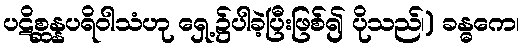
ပဋိစ္ဆန္နပရိဝါသံဟု ရှေ့၌ပါခဲ့ပြီးဖြစ်၍ ပိုသည်၊) ခန္ဓကေ၊